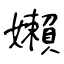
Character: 嬾